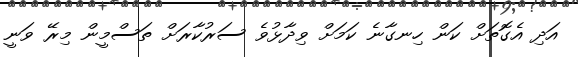
އަދި އެގޮތަށް ކަން ހިނގާނެ ކަމަށް ވިދާޅުވެ ސަރުކާރަށް ތަސްމީން މިރޭ ވަނީ